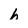
Character: h